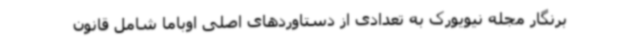
برنگار مجله نیویورک به تعدادی از دستاوردهای اصلی اوباما شامل قانون